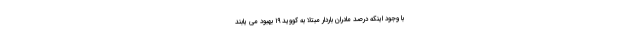
با وجود اینکه درصد مادران باردار مبتلا به کووید ۱۹ بهبود می یابند